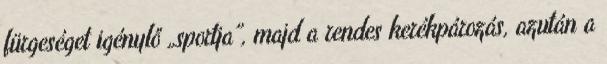
fürgeséget igénylő „sportja”, majd a rendes kerékpározás, azután a